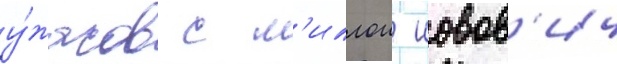
у́жасов с м'иллои иовов'ич